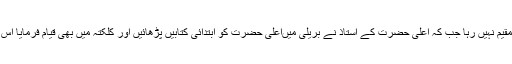
قادیانی کذاب کا بھائی کبھی بانس بریلی ، راے بریلی اور کلکتہ میں مقیم نہیں رہا جب کہ اعلیٰ حضرت کے استاذ نے بریلی میںاعلیٰ حضرت کو ابتدائی کتابیں پڑھائیں اور کلکتہ میں بھی قیام فرمایا اس کے بعد پھر بریلی شریف تشریف لائے اور بریلی ہی میں مدفون ہیں۔